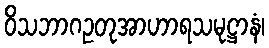
ဝိသဘာဂဥတုအာဟာရသမုဋ္ဌာနံ၊